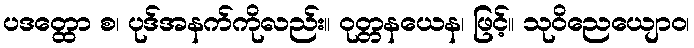
ပဒတ္ထော စ၊ ပုဒ်အနက်ကိုလည်း။ ဝုတ္တနယေန၊ ဖြင့်။ သုဝိညေယျောဝ၊